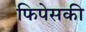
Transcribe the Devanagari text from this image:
फिपेसकी